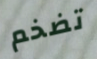
تضخم